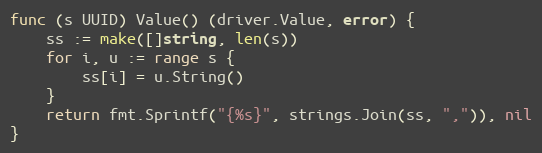
Language: Go
func (s UUID) Value() (driver.Value, error) {
	ss := make([]string, len(s))
	for i, u := range s {
		ss[i] = u.String()
	}
	return fmt.Sprintf("{%s}", strings.Join(ss, ",")), nil
}